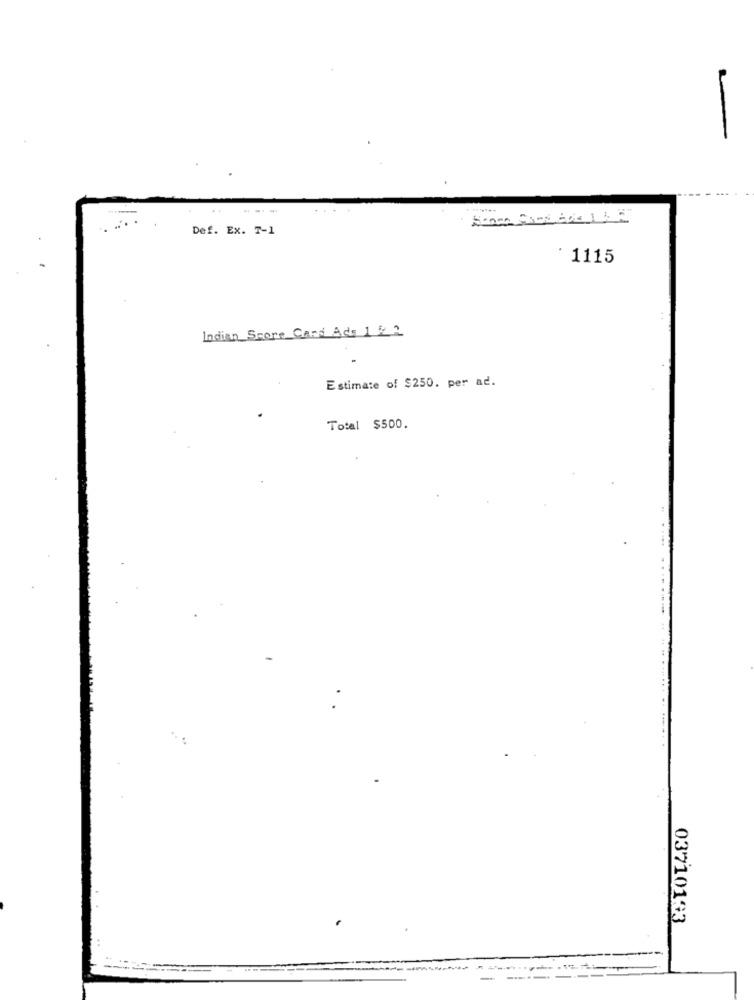
Def. Ex. T-1
1115
Indian Score Card Ads 1 : 2
Estimate of $250. per ad.
Total $500.
03710133